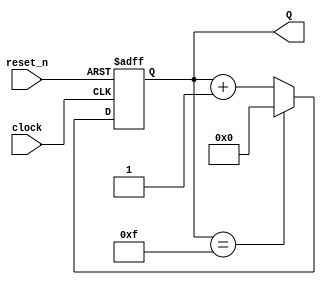
/*
____________ LAB 5 - MODULE counter_modk ____________
Module Counter_modk support for lab 5 with:
	- Input: x2 binary (4 bit) - M7 ... M0
	- Output: x1 binary (4 bit) - W3 ... W0
	- 1 select - S
*/
module counter_modk(clock, reset_n, Q);
  parameter n = 4;
  parameter k = 16;

  input clock, reset_n;
  output [n-1:0] Q;
  reg [n-1:0] Q;

  always @(posedge clock or negedge reset_n)
  begin
    if (~reset_n)
      Q <= 'd0;
    else begin
      Q <= Q + 1'b1;
      if (Q == k-1)
        Q <= 'd0;
    end
  end
endmodule